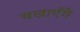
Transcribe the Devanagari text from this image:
चखाएँगें